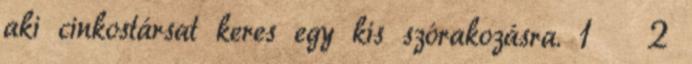
aki cinkostársat keres egy kis szórakozásra. 1 2